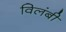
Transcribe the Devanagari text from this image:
विलंबी